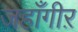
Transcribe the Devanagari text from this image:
जहाँगीऱ